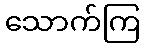
သောက်ကြ